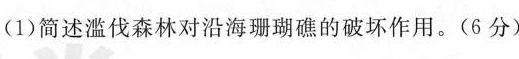
(1)简述滥伐森林对沿海珊瑚礁的破坏作用。(6分)